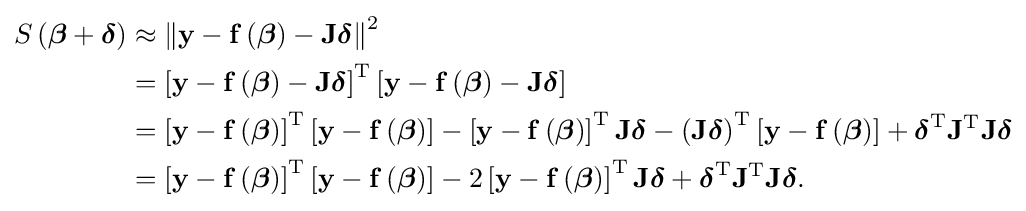
{\begin{aligned}S\left({\boldsymbol {\beta }}+{\boldsymbol {\delta }}\right)&\approx \left\|\mathbf {y} -\mathbf {f} \left({\boldsymbol {\beta }}\right)-\mathbf {J} {\boldsymbol {\delta }}\right\|^{2}\\&=\left[\mathbf {y} -\mathbf {f} \left({\boldsymbol {\beta }}\right)-\mathbf {J} {\boldsymbol {\delta }}\right]^{\mathrm {T} }\left[\mathbf {y} -\mathbf {f} \left({\boldsymbol {\beta }}\right)-\mathbf {J} {\boldsymbol {\delta }}\right]\\&=\left[\mathbf {y} -\mathbf {f} \left({\boldsymbol {\beta }}\right)\right]^{\mathrm {T} }\left[\mathbf {y} -\mathbf {f} \left({\boldsymbol {\beta }}\right)\right]-\left[\mathbf {y} -\mathbf {f} \left({\boldsymbol {\beta }}\right)\right]^{\mathrm {T} }\mathbf {J} {\boldsymbol {\delta }}-\left(\mathbf {J} {\boldsymbol {\delta }}\right)^{\mathrm {T} }\left[\mathbf {y} -\mathbf {f} \left({\boldsymbol {\beta }}\right)\right]+{\boldsymbol {\delta }}^{\mathrm {T} }\mathbf {J} ^{\mathrm {T} }\mathbf {J} {\boldsymbol {\delta }}\\&=\left[\mathbf {y} -\mathbf {f} \left({\boldsymbol {\beta }}\right)\right]^{\mathrm {T} }\left[\mathbf {y} -\mathbf {f} \left({\boldsymbol {\beta }}\right)\right]-2\left[\mathbf {y} -\mathbf {f} \left({\boldsymbol {\beta }}\right)\right]^{\mathrm {T} }\mathbf {J} {\boldsymbol {\delta }}+{\boldsymbol {\delta }}^{\mathrm {T} }\mathbf {J} ^{\mathrm {T} }\mathbf {J} {\boldsymbol {\delta }}.\end{aligned}}